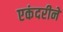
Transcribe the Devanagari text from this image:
एकंदरीने